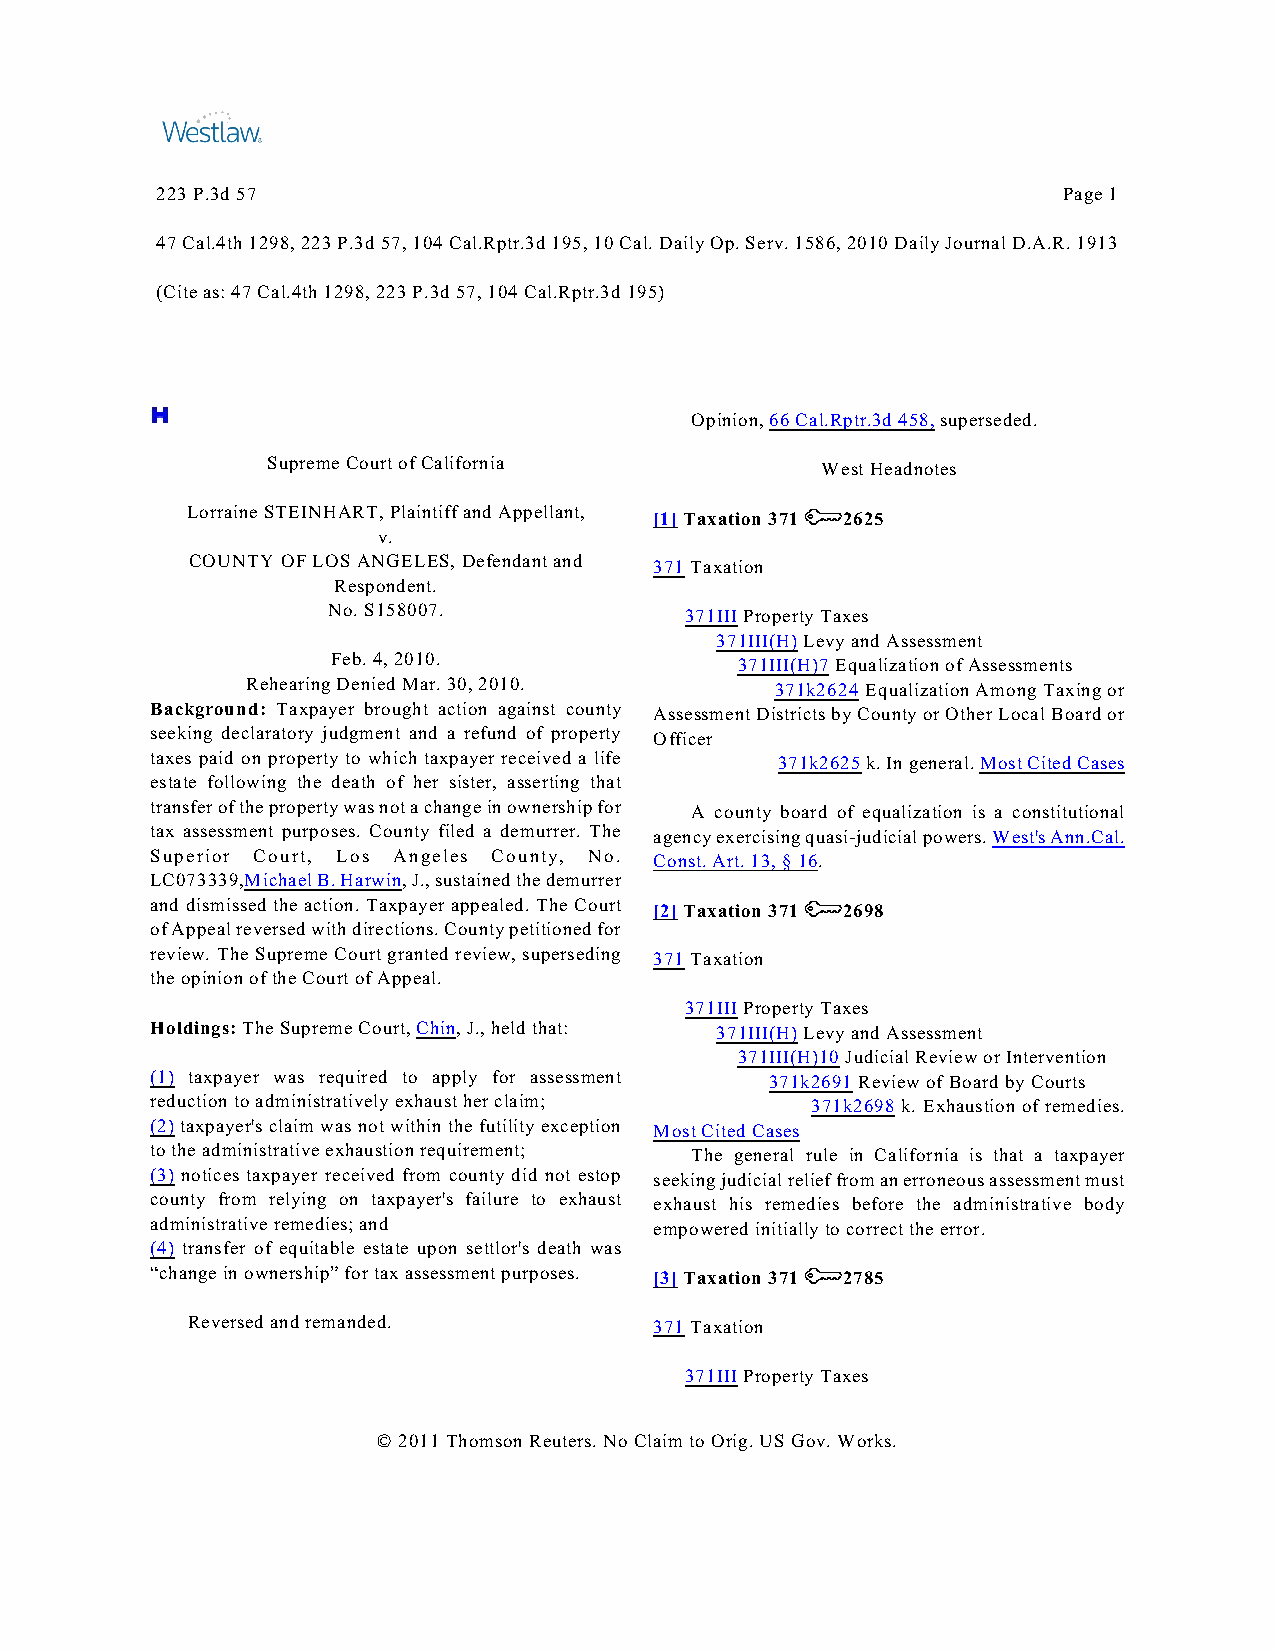
223 P.3d 57                                                 Page 1
 47 Cal.4th 1298, 223 P.3d 57, 104 Cal.Rptr.3d 195, 10 Cal. Daily Op. Serv. 1586, 2010 Daily Journal D.A.R. 1913
 (Cite as: 47 Cal.4th 1298, 223 P.3d 57, 104 Cal.Rptr.3d 195)
 Opinion, 66 Cal.Rptr.3d 458, superseded.
 Supreme Court of California         West Headnotes
 Lorraine STEINHART, Plaintiff and Appellant, [1] Taxation 371 2625
 v.
 COUNTY OF LOS ANGELES, Defendant and 371 Taxation
 Respondent.
 No. S158007.           371III Property Taxes
 371III(H) Levy and Assessment
 Feb. 4, 2010.              371III(H)7 Equalization of Assessments
 Rehearing Denied Mar. 30, 2010.    371k2624 Equalization Among Taxing or
 Background: Taxpayer brought action against county Assessment Districts by County or Other Local Board or
 seeking declaratory judgment and a refund of property Officer
 taxes paid on property to which taxpayer received a life 371k2625 k. In general. Most Cited Cases
 estate following the death of her sister, asserting that
 transfer of the property was not a change in ownership for A county board of equalization is a constitutional
 tax assessment purposes. County filed a demurrer. The agency exercising quasi-judicial powers. West's Ann.Cal.
 Superior Court, Los Angeles County, No. Const. Art. 13, § 16.
 LC073339,Michael B. Harwin, J., sustained the demurrer
 and dismissed the action. Taxpayer appealed. The Court [2] Taxation 371 2698
 of Appeal reversed with directions. County petitioned for
 review. The Supreme Court granted review, superseding 371 Taxation
 the opinion of the Court of Appeal.
 371III Property Taxes
 Holdings: The Supreme Court, Chin, J., held that: 371III(H) Levy and Assessment
 371III(H)10 Judicial Review or Intervention
 (1) taxpayer was required to apply for assessment 371k2691 Review of Board by Courts
 reduction to administratively exhaust her claim; 371k2698 k. Exhaustion of remedies.
 (2) taxpayer's claim was not within the futility exception Most Cited Cases
 to the administrative exhaustion requirement; The general rule in California is that a taxpayer
 (3) notices taxpayer received from county did not estop seeking judicial relief from an erroneous assessment must
 county from relying on taxpayer's failure to exhaust exhaust his remedies before the administrative body
 administrative remedies; and     empowered initially to correct the error.
 (4) transfer of equitable estate upon settlor's death was
 “change in ownership” for tax assessment purposes. [3] Taxation 371 2785
 Reversed and remanded.         371 Taxation
 371III Property Taxes
 © 2011 Thomson Reuters. No Claim to Orig. US Gov. Works.